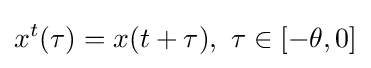
x^{t}(\tau )=x(t+\tau ),\ \tau \in [-\theta ,0]